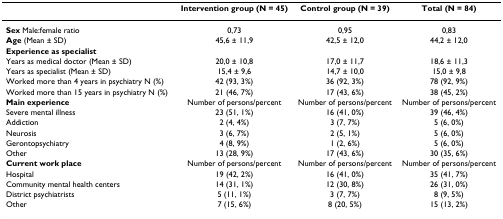
<table><thead><tr><td>[EMPTY_CELL]</td><td><b>Intervention group (N = 45)</b></td><td><b>Control group (N = 39)</b></td><td><b>Total (N = 84)</b></td></tr></thead><tbody><tr><td><b>Sex </b>Male:female ratio</td><td>0,73</td><td>0,95</td><td>0,83</td></tr><tr><td><b>Age </b>(Mean ± SD)</td><td>45,6 ± 11,9</td><td>42,5 ± 12,0</td><td>44,2 ± 12,0</td></tr><tr><td><b>Experience as specialist</b></td><td>[EMPTY_CELL]</td><td>[EMPTY_CELL]</td><td>[EMPTY_CELL]</td></tr><tr><td>Years as medical doctor (Mean ± SD)</td><td>20,0 ± 10,8</td><td>17,0 ± 11,7</td><td>18,6 ± 11,3</td></tr><tr><td>Years as specialist (Mean ± SD)</td><td>15,4 ± 9,6</td><td>14,7 ± 10,0</td><td>15,0 ± 9,8</td></tr><tr><td>Worked more than 4 years in psychiatry N (%)</td><td>42 (93, 3%)</td><td>36 (92, 3%)</td><td>78 (92, 9%)</td></tr><tr><td>Worked more than 15 years in psychiatry N (%)</td><td>21 (46, 7%)</td><td>17 (43, 6%)</td><td>38 (45, 2%)</td></tr><tr><td><b>Main experience</b></td><td>Number of persons/percent</td><td>Number of persons/percent</td><td>Number of persons/percent</td></tr><tr><td>Severe mental illness</td><td>23 (51, 1%)</td><td>16 (41, 0%)</td><td>39 (46, 4%)</td></tr><tr><td>Addiction</td><td>2 (4, 4%)</td><td>3 (7, 7%)</td><td>5 (6, 0%)</td></tr><tr><td>Neurosis</td><td>3 (6, 7%)</td><td>2 (5, 1%)</td><td>5 (6, 0%)</td></tr><tr><td>Gerontopsychiatry</td><td>4 (8, 9%)</td><td>1 (2, 6%)</td><td>5 (6, 0%)</td></tr><tr><td>Other</td><td>13 (28, 9%)</td><td>17 (43, 6%)</td><td>30 (35, 6%)</td></tr><tr><td><b>Current work place</b></td><td>Number of persons/percent</td><td>Number of persons/percent</td><td>Number of persons/percent</td></tr><tr><td>Hospital</td><td>19 (42, 2%)</td><td>16 (41, 0%)</td><td>35 (41, 7%)</td></tr><tr><td>Community mental health centers</td><td>14 (31, 1%)</td><td>12 (30, 8%)</td><td>26 (31, 0%)</td></tr><tr><td>District psychiatrists</td><td>5 (11, 1%)</td><td>3 (7, 7%)</td><td>8 (9, 5%)</td></tr><tr><td>Other</td><td>7 (15, 6%)</td><td>8 (20, 5%)</td><td>15 (13, 2%)</td></tr></tbody></table>